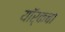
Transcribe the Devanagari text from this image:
यॉर्कचा